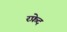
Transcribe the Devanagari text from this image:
रफ़ेद